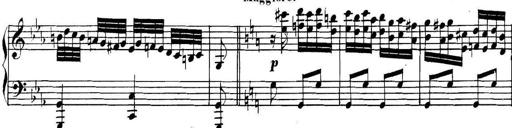
Title: Collected Piano Sonatas
Composer: Muzio Clementi